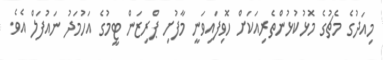
މިއަދުގެ މެޗުގެ މޮޅުކުޅުންތެރިއަކަށް ހޮވިފައިވަނީ މާފުށި ޕްރިޒަން ޓީމުގެ އަހުމަދު ނައުފަލް އެވެ.